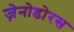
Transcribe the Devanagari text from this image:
ज़ेनोडोरस